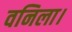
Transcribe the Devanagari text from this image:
वनिला।